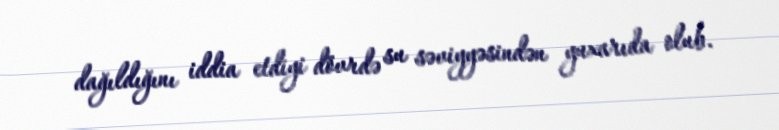
dağıldığını iddia etdiyi dövrdə su səviyyəsindən yuxarıda olub.